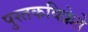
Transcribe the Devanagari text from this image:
पुस्तकविक्रेते